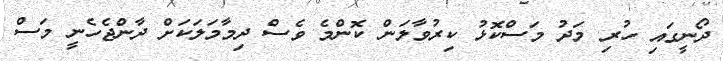
ދޯނީގައި ހުރި މަދު މަސްކޮޅު ކިރުވާލަން ކޮންމެ ވެސް ދިމާމަލަކަށް ދާންޖެހެނީ މަސް